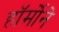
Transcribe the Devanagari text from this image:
हॉर्मोने